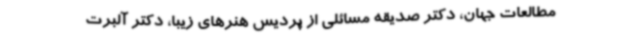
مطالعات جهان، دکتر صدیقه مسائلی از پردیس هنرهای زیبا، دکتر آلبرت